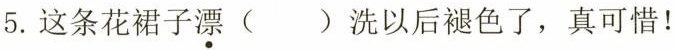
5.这条花裙子漂()洗以后褪色了，真可惜！